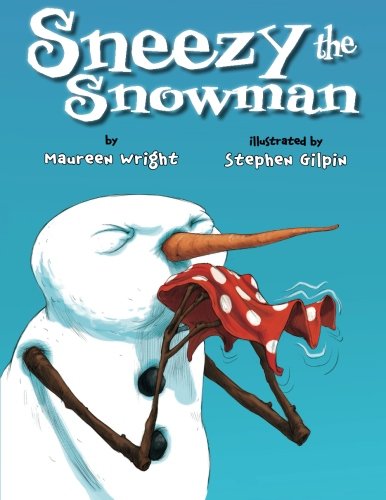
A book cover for Sneezy the Snowman; Maureen Wright; Children's Books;